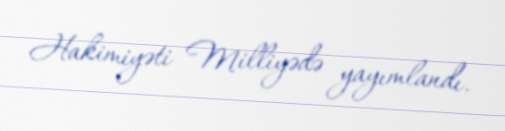
Hakimiyəti Milliyədə yayımlandı.